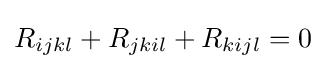
R_{ijkl}+R_{jkil}+R_{kijl}=0